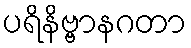
ပရိနိဗ္ဗာနဂတာ